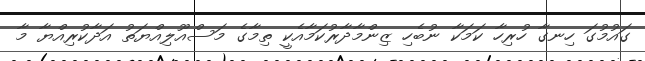
ގައުމުގަ ހިނގާ ހުރިހާ ކަމަކާ ނުބެހި ޒިންމާދާރުކަމާއެކީ ތިމާގެ މަސްއޫލިއްޔަތު އަދާކުރިއްޔާ މާ